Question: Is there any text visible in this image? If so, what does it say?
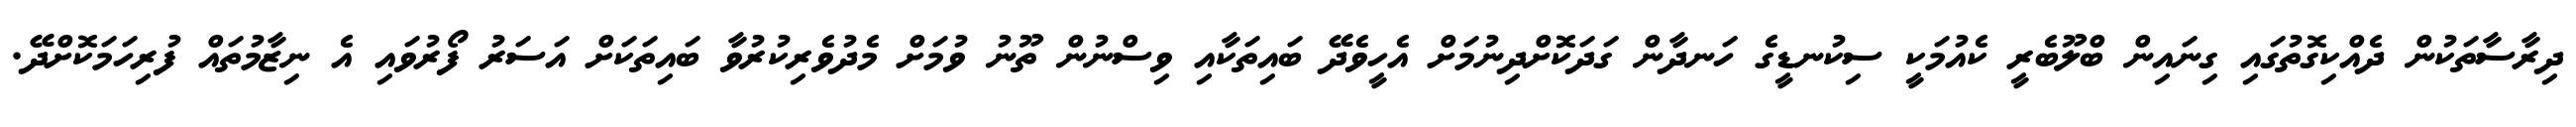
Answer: ދިރާސާތަކުން ދެއްކިގޮތުގައި ގިނައިން ބްލޫބެރީ ކެއުމަކީ ސިކުނޑީގެ ހަނދާން ގަދަކޮށްދިނުމަށް އެހީވެދޭ ބައިތަކާއި ވިސްނުން ތޫނު ވުމަށް މެދުވެރިކުރުވާ ބައިތަކަށް އަސަރު ފޯރުވައި އެ ނިޒާމުތައް ފުރިހަމަކޮށްދޭ.